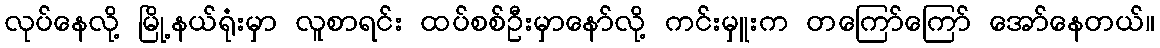
လုပ်နေလို့ မြို့နယ်ရုံးမှာ လူစာရင်း ထပ်စစ်ဦးမှာနော်လို့ ကင်းမှူးက တကြော်ကြော် အော်နေတယ်။